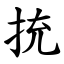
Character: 㧤